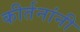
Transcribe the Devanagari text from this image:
कीर्तनांनी